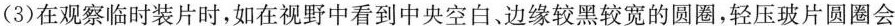
(3)在观察临时装片时，如在视野中看到中央空白，边缘较黑较宽的圆圈，轻压玻片圆圈会